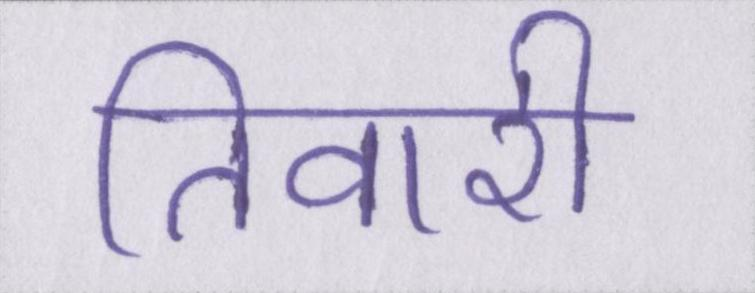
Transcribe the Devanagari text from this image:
तिवारी